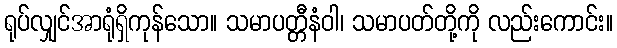
ရုပ်လျှင်အာရုံရှိကုန်သော။ သမာပတ္တီနံဝါ၊ သမာပတ်တို့ကို လည်းကောင်း။